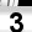
Digit: 3